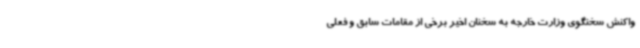
واکنش سخنگوی وزارت خارجه به سخنان اخیر برخی از مقامات سابق و فعلی